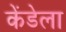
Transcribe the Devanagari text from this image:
केंडेला